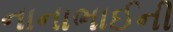
નાનાભાઈની